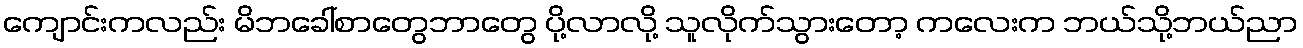
ကျောင်းကလည်း မိဘခေါ်စာတွေဘာတွေ ပို့လာလို့ သူလိုက်သွားတော့ ကလေးက ဘယ်သို့ဘယ်ညာ